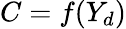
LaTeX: C=f(Y_{d})